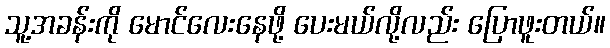
သူ့အခန်းကို မောင်လေးနေဖို့ ပေးမယ်လို့လည်း ပြောဖူးတယ်။